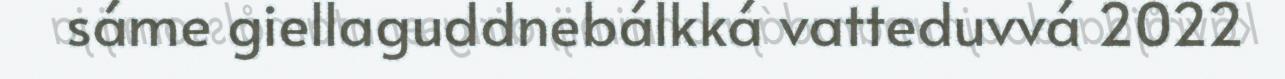
sáme giellaguddnebálkká vatteduvvá 2022